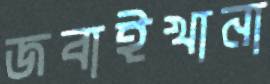
জবাইখানা